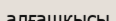
алғашкысы